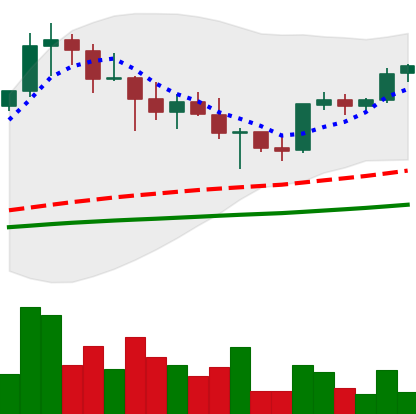
Ticker: XRP-USD
Chart end date: 2021-05-01
Forward return: -3.055%
Label: down_3_5